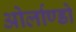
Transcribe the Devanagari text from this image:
ओर्लाण्डो